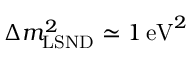
\Delta m _ { \mathrm { L S N D } } ^ { 2 } \simeq 1 \, { \mathrm { e V } } ^ { 2 }